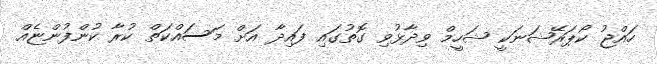
ހައްޖު ކޯޕަރޭޝަނަކީ ޝަހީމް ވިދާޅުވި ގޮތުގައި ފައިދާ އަށް މަސައްކަތް ކުރާ ކުންފުންޏެއް